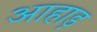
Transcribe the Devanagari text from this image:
आहाड़